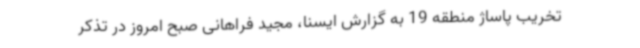
تخریب پاساژ منطقه 19 به گزارش ایسنا، مجید فراهانی صبح امروز در تذکر